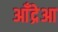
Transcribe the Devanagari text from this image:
आँद्रेआ